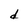
Character: d